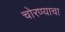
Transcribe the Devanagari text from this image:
चोरण्याचा